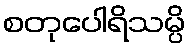
စတုပေါရိသမ္ပိ